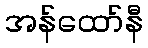
အန်ထော်နီ